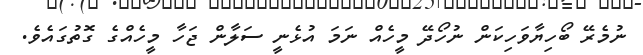
ނުމެރޭ ބޯހިޔާވަހިކަން ނުހޯދޭ މީހެއް ނަމަ އުޅެނީ ސަލާން ޖަހާ މީހެއްގެ ގޮތުގައެވެ.